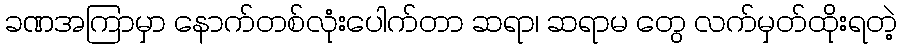
ခဏအကြာမှာ နောက်တစ်လုံးပေါက်တာ ဆရာ၊ ဆရာမ တွေ လက်မှတ်ထိုးရတဲ့